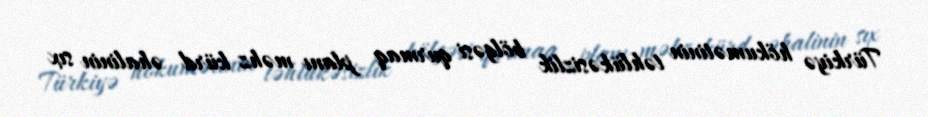
Türkiyə hökumətinin təhlükəsizlik bölgəsi qurmaq planı məhz kürd əhalinin sıx